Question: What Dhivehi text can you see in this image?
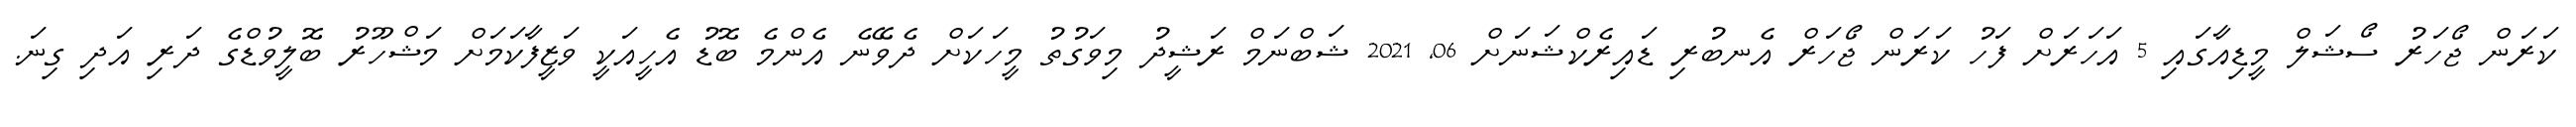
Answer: ކަރަން ޖޯހަރު ސޯޝަލް މީޑިއާގައި 5 އަހަރަށް ފަހު ކަރަން ޖޯހަރް އެނބުރި ޑައިރެކްޝަނަށް 06, 2021 ޝަބްނަމް ރަޝީދު މިވަގުތު މީހަކަށް ދެވޭނެ އެންމެ ބޮޑު އެހީއަކީ ވަޒީފާކަމަށް މަޝްހޫރު ބޮލީވުޑްގެ ދަރި އަދި ގިނަ.